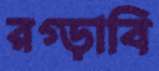
রগ্‌ড়াবি